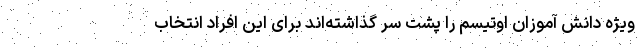
ویژه دانش آموزان اوتیسم را پشت سر گذاشته‌اند برای این افراد انتخاب